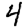
Digit: 4